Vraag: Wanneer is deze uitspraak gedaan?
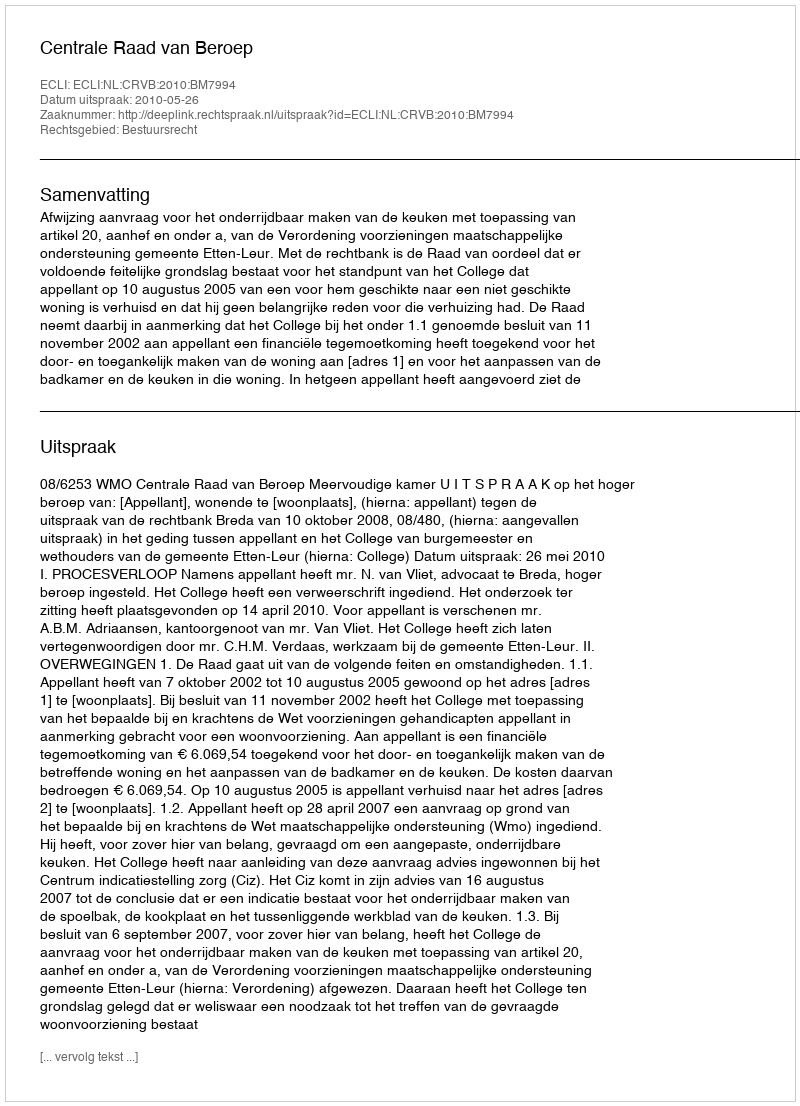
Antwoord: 2010-05-26